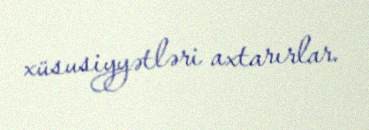
xüsusiyyətləri axtarırlar.